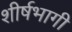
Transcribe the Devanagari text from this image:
शीर्षभागी